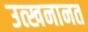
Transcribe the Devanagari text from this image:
उत्खनानत